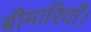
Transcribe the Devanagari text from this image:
बीमारियाँ।